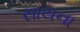
સાયના